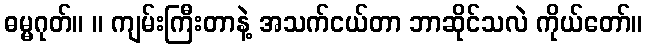
ဓမ္မဂုတ်။ ။ ကျမ်းကြီးတာနဲ့ အသက်ငယ်တာ ဘာဆိုင်သလဲ ကိုယ်တော်။